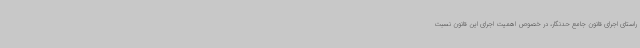
راستای اجرای قانون جامع حدنگار، در خصوص اهمیت اجرای این قانون نسبت